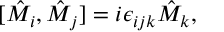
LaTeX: [ \hat { M } _ { i } , \hat { M } _ { j } ] = i \epsilon _ { i j k } \hat { M } _ { k } ,